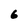
Character: 6